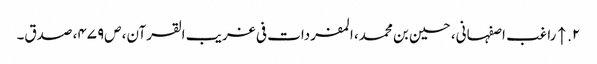
۲. ↑ راغب اصفہانی، حسین بن محمد، المفردات فی غریب القرآن، ص‌۴۷۹، صدق۔